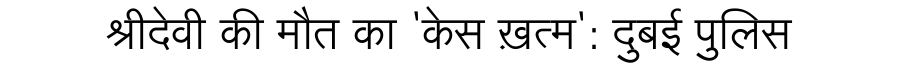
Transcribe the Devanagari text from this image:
श्रीदेवी की मौत का 'केस ख़त्म': दुबई पुलिस